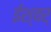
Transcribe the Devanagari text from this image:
ईश्वर्